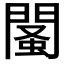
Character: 𨵕